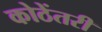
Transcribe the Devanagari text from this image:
कोठेंतरी